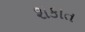
શકાત